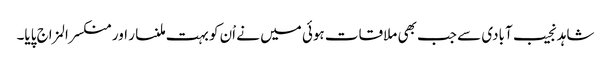
شاہد نجیب آبادی سے جب بھی ملاقات ہوئی میں نے اْن کو بہت ملنسار اور منکسرالمزاج پایا۔